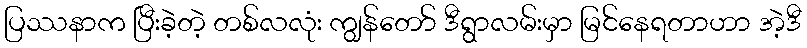
ပြဿနာက ပြီးခဲ့တဲ့ တစ်လလုံး ကျွန်တော် ဒီရွာလမ်းမှာ မြင်နေရတာဟာ အဲ့ဒီ